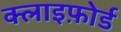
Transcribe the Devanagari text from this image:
क्लाइफ़ोर्ड